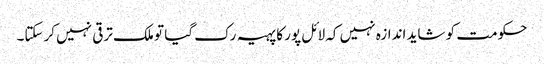
حکومت کو شاید اندازہ نہیں کہ لائل پور کا پہیہ رک گیا تو ملک ترقی نہیں کرسکتا۔